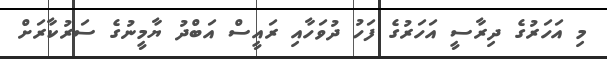
މި އަހަރުގެ ދިރާސީ އަހަރުގެ ފަހު ދުވަހާއި ރައީސް އަބްދު ޔާމީނުގެ ސަރުކާރަށް